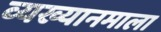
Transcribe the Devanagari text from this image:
व्यख्यानमाला